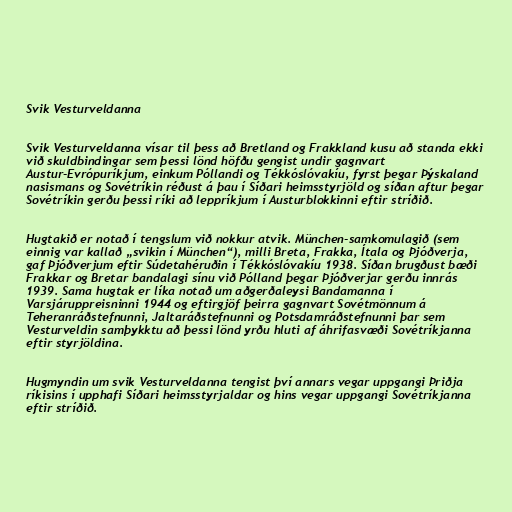
Svik Vesturveldanna

Svik Vesturveldanna vísar til þess að Bretland og Frakkland kusu að standa ekki
við skuldbindingar sem þessi lönd höfðu gengist undir gagnvart
Austur-Evrópuríkjum, einkum Póllandi og Tékkóslóvakíu, fyrst þegar Þýskaland
nasismans og Sovétríkin réðust á þau í Síðari heimsstyrjöld og síðan aftur þegar
Sovétríkin gerðu þessi ríki að leppríkjum í Austurblokkinni eftir stríðið.

Hugtakið er notað í tengslum við nokkur atvik. München-samkomulagið (sem
einnig var kallað „svikin í München“), milli Breta, Frakka, Ítala og Þjóðverja,
gaf Þjóðverjum eftir Súdetahéruðin í Tékkóslóvakíu 1938. Síðan brugðust bæði
Frakkar og Bretar bandalagi sínu við Pólland þegar Þjóðverjar gerðu innrás
1939. Sama hugtak er líka notað um aðgerðaleysi Bandamanna í
Varsjáruppreisninni 1944 og eftirgjöf þeirra gagnvart Sovétmönnum á
Teheranráðstefnunni, Jaltaráðstefnunni og Potsdamráðstefnunni þar sem
Vesturveldin samþykktu að þessi lönd yrðu hluti af áhrifasvæði Sovétríkjanna
eftir styrjöldina.

Hugmyndin um svik Vesturveldanna tengist því annars vegar uppgangi Þriðja
ríkisins í upphafi Síðari heimsstyrjaldar og hins vegar uppgangi Sovétríkjanna
eftir stríðið.